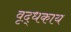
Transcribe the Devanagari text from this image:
वृद्धकाय